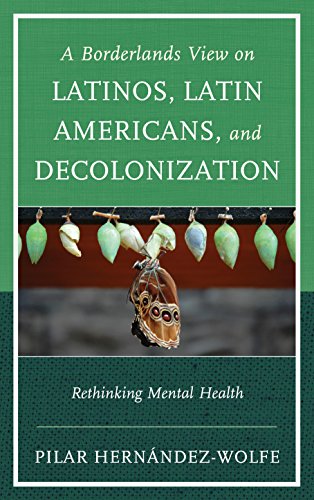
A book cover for A Borderlands View on Latinos, Latin Americans, and Decolonization: Rethinking Mental Health; Pilar HernÃ¡ndez-Wolfe; Medical Books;